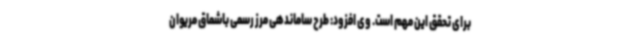
برای تحقق این مهم است. وی افزود: طرح ساماندهی مرز رسمی باشماق مریوان